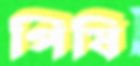
পিষি